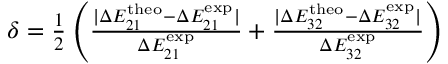
\begin{array} { r } { \delta = \frac { 1 } { 2 } \left( \frac { | \Delta E _ { 2 1 } ^ { \mathrm { t h e o } } - \Delta E _ { 2 1 } ^ { \mathrm { e x p } } | } { \Delta E _ { 2 1 } ^ { \mathrm { e x p } } } + \frac { | \Delta E _ { 3 2 } ^ { \mathrm { t h e o } } - \Delta E _ { 3 2 } ^ { \mathrm { e x p } } | } { \Delta E _ { 3 2 } ^ { \mathrm { e x p } } } \right) } \end{array}